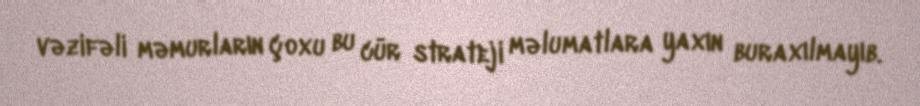
vəzifəli məmurların çoxu bu cür strateji məlumatlara yaxın buraxılmayıb.